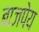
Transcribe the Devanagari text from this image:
बाजपेय